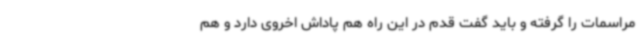
مراسمات را گرفته و باید گفت قدم در این راه هم پاداش اخروی دارد و هم